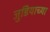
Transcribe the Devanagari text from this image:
जुडियाच्या